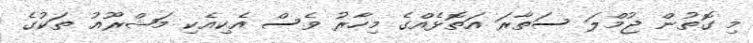
މި ގޮތުން ޖުމްލަ ސަތާރަ އަތޮޅެއްގެ މިހާރު ވެސް އެކިއެކި މަޝްރޫއު ތަކުގެ